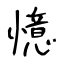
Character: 憶